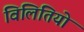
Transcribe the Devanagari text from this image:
विलितियो